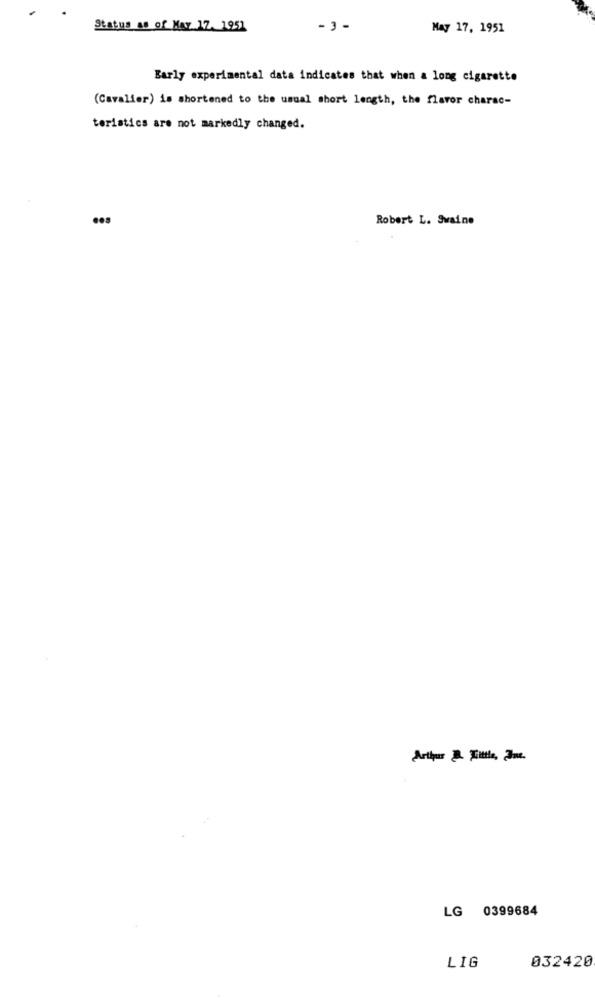
Status as of May 17. 1951
- 3 -
May 17, 1951
Early experimental data indicates that when a long cigarette
(Cavalier) is shortened to the usual short length, the flavor charac-
teristics are not markedly changed.
Robert L. Swaine
Arthur &. Tittle, Jme.
LG 0399684
032420
LIG